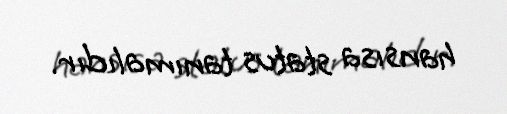
hansısa status tanımalıdır.